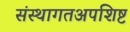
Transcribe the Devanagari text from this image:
संस्थागतअपशिष्ट